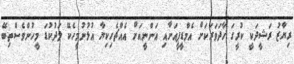
ރިޔާޒު ރަޝީދަކީ ކުރީގަ ހާދަވަރަކަށް އެމްޑީޕީއަށާއި އަންނީއަށް އެއްޗެހިކިޔާ އުޅުނުމީހެކޭ ލަދުކުޑަ މީހުންވެސްތިބޭ